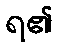
ရ၏